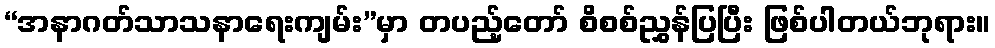
“အနာဂတ်သာသနာရေးကျမ်း”မှာ တပည့်တော် စိစစ်ညွှန်ပြပြီး ဖြစ်ပါတယ်ဘုရား။